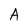
Character: A